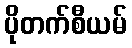
ပိုတက်စီယမ်